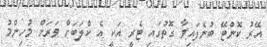
އޭރު ކޮންޓޭ ބުނެފައިވާ ގޮތުގައި ޓެރީ އަކީ އެ ކްލަބަށް ވަރަށް މުހިންމު